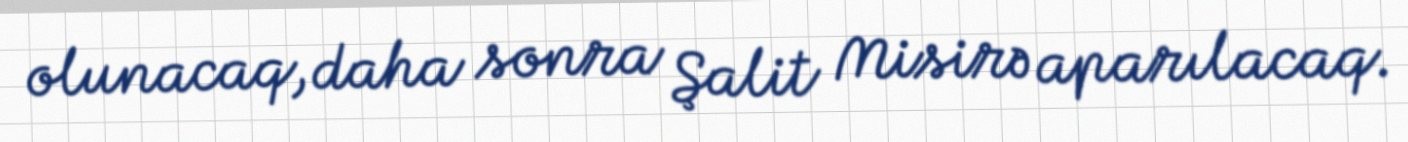
olunacaq, daha sonra Şalit Misirə aparılacaq.